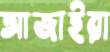
আজাইরা